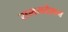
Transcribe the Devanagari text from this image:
समनदेशन